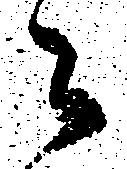
々